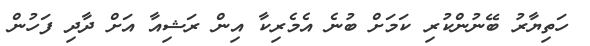
ހަތިޔާރު ބޭނުންކުރި ކަމަށް ބުނެ އެމެރިކާ އިން ރަޝިއާ އަށް ދާދި ފަހުން